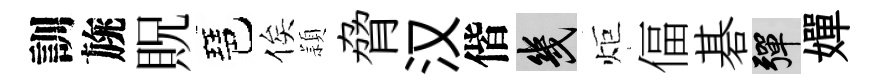
訓旐貺琶俟頴脅汉偕幾炬偪碁彈嬋